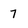
Character: 7